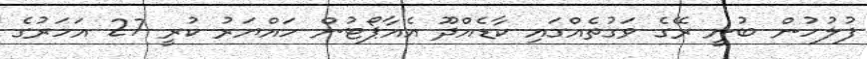
ފުލުހުން ބުނީ ރޭގެ ވަގުތެއްގައި ކާޑެއްދޫ އެއާޕޯޓުން ހައްޔަރު ކުރީ 27 އަހަރުގެ